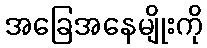
အခြေအနေမျိုးကို